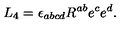
L _ { 4 } = \epsilon _ { a b c d } R ^ { a b } e ^ { c } e ^ { d } .